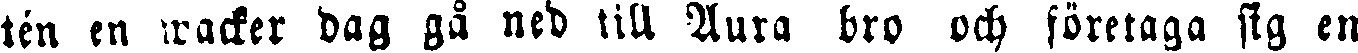
tén en wacker dag gå ned till Aura bro och företaga sig en